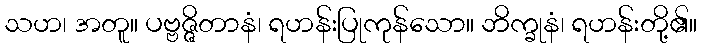
သဟ၊ အတူ။ ပဗ္ဗဇ္ဇိတာနံ၊ ရဟန်းပြုကုန်သော။ ဘိက္ခုနံ၊ ရဟန်းတို့၏။